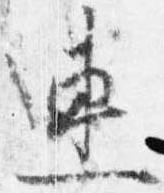
連